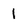
Character: 1